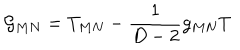
LaTeX: { \cal G } _ { M N } = T _ { M N } - \frac { 1 } { D - 2 } g _ { M N } T